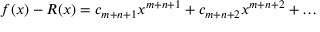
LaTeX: f ( x ) - R ( x ) = c _ { m + n + 1 } x ^ { m + n + 1 } + c _ { m + n + 2 } x ^ { m + n + 2 } + \dots